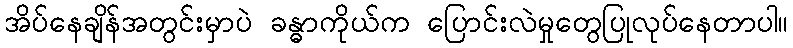
အိပ်နေချိန်အတွင်းမှာပဲ ခန္ဓာကိုယ်က ပြောင်းလဲမှုတွေပြုလုပ်နေတာပါ။